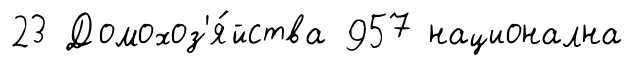
23 Домохоз'я́йства 957 национална